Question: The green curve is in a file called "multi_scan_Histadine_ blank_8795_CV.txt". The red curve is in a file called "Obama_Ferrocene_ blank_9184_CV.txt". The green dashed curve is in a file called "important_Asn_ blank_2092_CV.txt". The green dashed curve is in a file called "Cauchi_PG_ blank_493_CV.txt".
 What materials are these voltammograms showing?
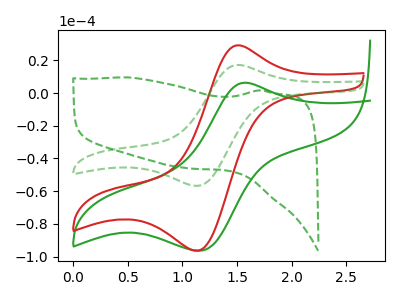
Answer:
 <answer>The green curve is labeled "Histadine  blank". The red curve is labeled "Ferrocene  blank". The green dashed curve is labeled "Asn  blank". The green dashed curve is labeled "PG  blank".</answer>
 <eval></eval>